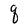
Character: q